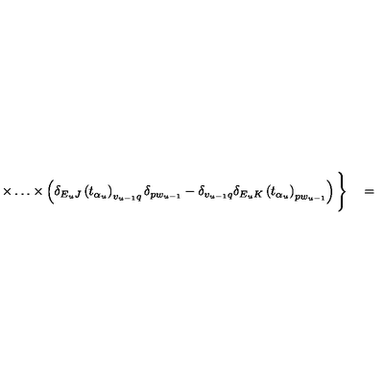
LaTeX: \times \ldots \times \left( \delta _ { E _ { u } J } \left( t _ { \alpha _ { u } } \right) _ { v _ { u - 1 } q } \delta _ { p w _ { u - 1 } } - \delta _ { v _ { u - 1 } q } \delta _ { E _ { u } K } \left( t _ { \alpha _ { u } } \right) _ { p w _ { u - 1 } } \right) \Bigg \} \quad =